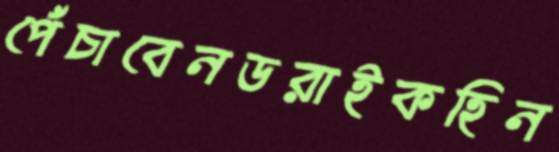
পেঁচাবেনডরাইকহিন